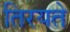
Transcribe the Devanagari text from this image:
तिरयते